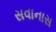
સવાનાસ